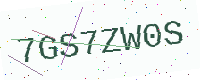
Text: 7GS7ZW0S